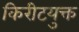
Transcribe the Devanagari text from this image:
किरीटयुक्त